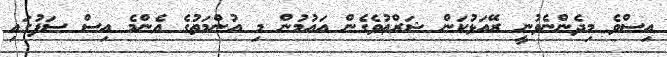
އިސްވެ މިދެންނެވުނީ ރޭއަޅުކަން ޝަރްޢުވެގެން އައުމުން މި އުންމަތުގެ އެންމެ އިސް ސަފުގައި